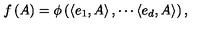
f \left( A \right) = \phi \left( \left\langle e _ { 1 } , A \right\rangle , \cdots \left\langle e _ { d } , A \right\rangle \right) ,